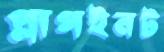
প্লাগইনট